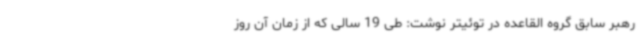
رهبر سابق گروه القاعده در توئیتر نوشت: طی 19 سالی که از زمان آن روز